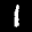
Label: 1